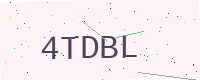
Text: 4TDBL